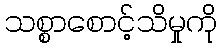
သစ္စာစောင့်သိမှုကို